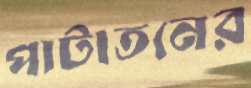
পাটাতনের